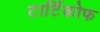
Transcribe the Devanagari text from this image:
टार्टिकोफ